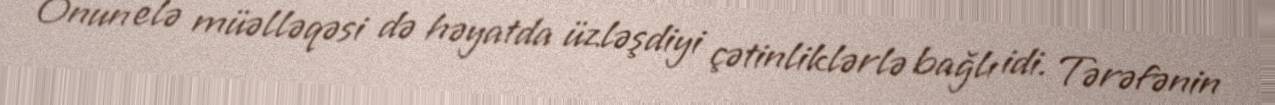
Onun elə müəlləqəsi də həyatda üzləşdiyi çətinliklərlə bağlı idi. Tərəfənin